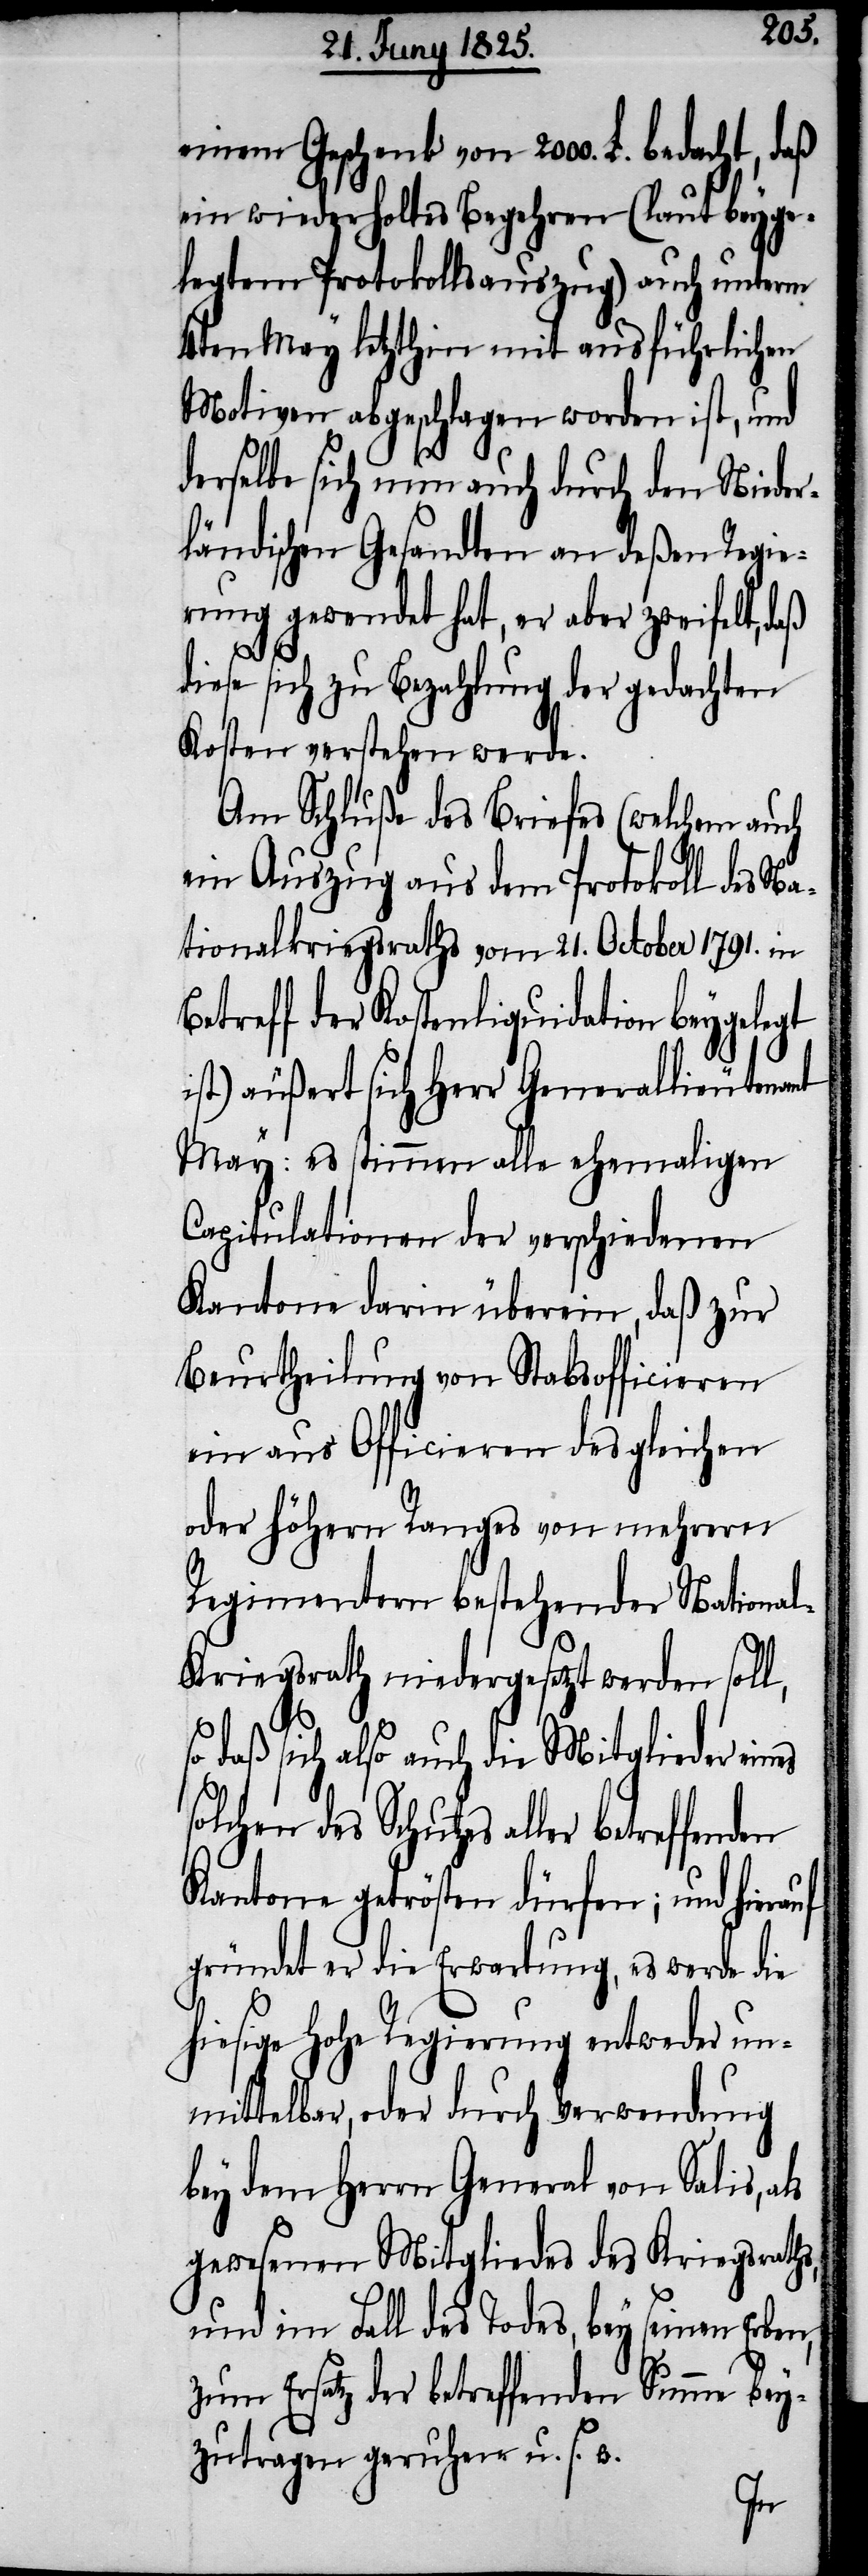
einem Geschenk von 2000. L. bedacht, daß
ein wiederholtes Begehren (laut beyge¬
legtem Protokollsauszug) auch unterm
4ten May letzthin mit ausführlichen
Motiven abgeschlagen worden ist, und
derselbe sich nun auch durch den Nieder¬
ländischen Gesandten an deßen Regie¬
rung gewendet hat, er aber zweifelt, daß
diese sich zu Bezahlung der gedachten
Kosten verstehen werde.
Am Schluße des Briefes (welchem auch
ein Auszug aus dem Protokoll des Na¬
tionalkriegsraths vom 21. October 1791. in
Betreff der Kostenliquidation beygelegt
ist) äußert sich Herr Generallieutenant
May: es stimmen alle ehemaligen
Capitulationen der verschiedenen
Kantone darin überein, daß zur
Beurtheilung von Stabsofficieren
ein aus Officieren des gleichen
oder höhern Ranges von mehrern
Regimentern bestehender Nationa¬
l-Kriegsrath niedergesetzt werden soll,
daß sich also auch die Mitglieder eines
solchen des Schutzes aller
Kantone getrösten dürfen; und hierauf
gründet er die Erwartung, es werde die
hiesige Hohe Regierung entweder un¬
mittelbar, oder durch Verwendung
bey dem Herrn General von Salis, als
gewesenen Mitgliedes des Kriegsrathes,
und im Fall des Todes, bey seinen Erben,
zum Ersatz der betreffenden Summe bey¬
zutragen geruhen u. s. w.